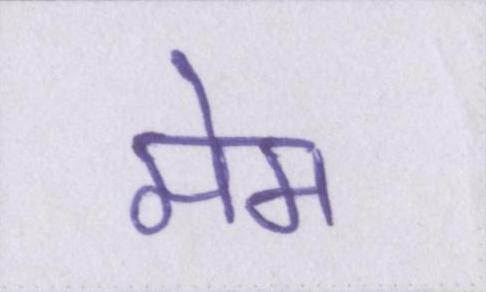
मेम